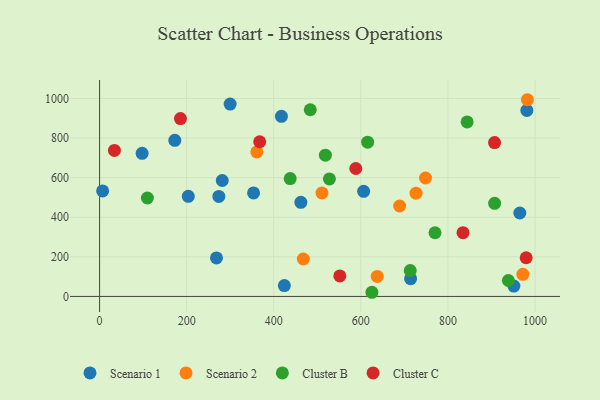
{"axis": {"x": "Ad Spend", "y": "Demand"}, "legend": ["Cluster B", "Cluster C", "Scenario 1", "Scenario 2"], "data": [{"x": "203.7", "y": 505.9, "type": "Scenario 1"}, {"x": "965.0", "y": 421.4, "type": "Scenario 1"}, {"x": "417.6", "y": 909.9, "type": "Scenario 1"}, {"x": "268.5", "y": 194.7, "type": "Scenario 1"}, {"x": "299.8", "y": 971.5, "type": "Scenario 1"}, {"x": "606.4", "y": 530.9, "type": "Scenario 1"}, {"x": "7.0", "y": 532.9, "type": "Scenario 1"}, {"x": "172.8", "y": 788.4, "type": "Scenario 1"}, {"x": "281.7", "y": 585.7, "type": "Scenario 1"}, {"x": "714.2", "y": 89.9, "type": "Scenario 1"}, {"x": "981.2", "y": 939.5, "type": "Scenario 1"}, {"x": "273.9", "y": 505.4, "type": "Scenario 1"}, {"x": "353.6", "y": 522.6, "type": "Scenario 1"}, {"x": "424.3", "y": 54.6, "type": "Scenario 1"}, {"x": "462.2", "y": 475.3, "type": "Scenario 1"}, {"x": "97.7", "y": 722.8, "type": "Scenario 1"}, {"x": "951.4", "y": 52.1, "type": "Scenario 1"}, {"x": "361.1", "y": 729.8, "type": "Scenario 2"}, {"x": "726.7", "y": 521.7, "type": "Scenario 2"}, {"x": "637.6", "y": 101.0, "type": "Scenario 2"}, {"x": "748.5", "y": 598.1, "type": "Scenario 2"}, {"x": "510.7", "y": 522.4, "type": "Scenario 2"}, {"x": "972.0", "y": 111.6, "type": "Scenario 2"}, {"x": "982.4", "y": 993.6, "type": "Scenario 2"}, {"x": "689.1", "y": 456.8, "type": "Scenario 2"}, {"x": "467.9", "y": 189.1, "type": "Scenario 2"}, {"x": "518.5", "y": 713.4, "type": "Cluster B"}, {"x": "527.8", "y": 593.6, "type": "Cluster B"}, {"x": "483.8", "y": 942.9, "type": "Cluster B"}, {"x": "437.7", "y": 595.2, "type": "Cluster B"}, {"x": "770.3", "y": 321.7, "type": "Cluster B"}, {"x": "907.2", "y": 470.2, "type": "Cluster B"}, {"x": "615.6", "y": 779.3, "type": "Cluster B"}, {"x": "844.1", "y": 881.3, "type": "Cluster B"}, {"x": "938.8", "y": 80.5, "type": "Cluster B"}, {"x": "713.4", "y": 130.6, "type": "Cluster B"}, {"x": "625.4", "y": 21.0, "type": "Cluster B"}, {"x": "109.8", "y": 497.3, "type": "Cluster B"}, {"x": "34.1", "y": 737.7, "type": "Cluster C"}, {"x": "367.7", "y": 781.3, "type": "Cluster C"}, {"x": "551.7", "y": 103.8, "type": "Cluster C"}, {"x": "907.0", "y": 777.1, "type": "Cluster C"}, {"x": "588.4", "y": 646.1, "type": "Cluster C"}, {"x": "185.7", "y": 898.3, "type": "Cluster C"}, {"x": "979.6", "y": 195.4, "type": "Cluster C"}, {"x": "834.6", "y": 321.9, "type": "Cluster C"}]}